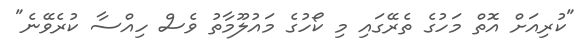
"ކުރިއަށް އޮތް މަހުގެ ތެރޭގައި މި ކޯހުގެ މައުލޫމާތު ވެސް ހިއްސާ ކުރެވޭނެ"